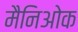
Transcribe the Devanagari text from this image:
मैनिओक